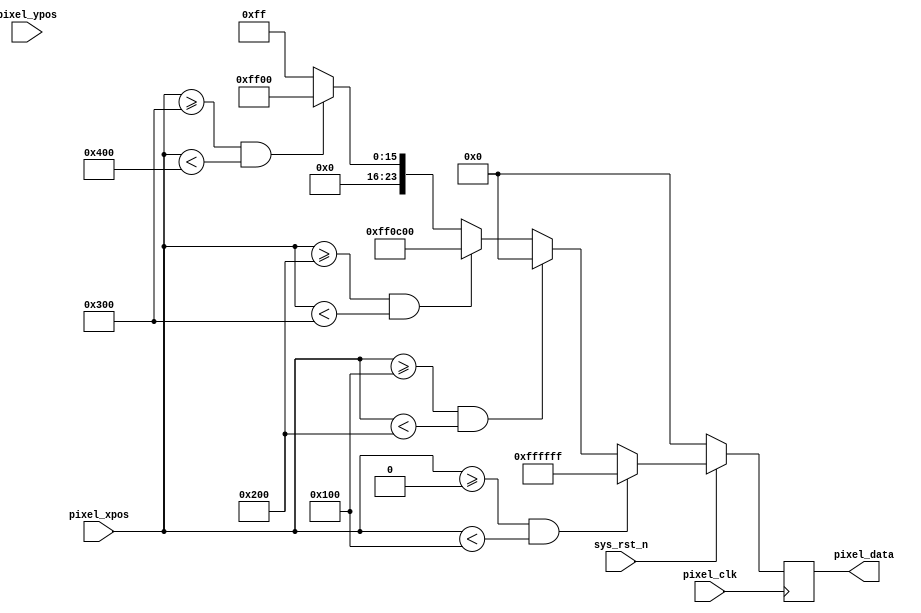
//****************************************Copyright (c)***********************************//
//www.yuanzige.com
//www.openedv.com
//http://openedv.taobao.com 
//""ZYNQ & FPGA & STM32 & LINUX
//
//Copyright(C)  2018-2028
//All rights reserved
//----------------------------------------------------------------------------------------
// File name:           video_display
// Last modified Date:  2019/7/1 9:30:00
// Last Version:        V1.1
// Descriptions:        
//----------------------------------------------------------------------------------------
// Created by:          
// Created date:        2019/7/1 9:30:00
// Version:             V1.0
// Descriptions:        The original version
//
//----------------------------------------------------------------------------------------
//****************************************************************************************//

module  video_display(
    input                pixel_clk,
    input                sys_rst_n,
    
    input        [10:0]  pixel_xpos,  //
    input        [10:0]  pixel_ypos,  //
    output  reg  [23:0]  pixel_data   //
);

//parameter define
parameter  H_DISP = 11'd1280;                       //
parameter  V_DISP = 11'd720;                        //

localparam WHITE  = 24'b11111111_11111111_11111111;  //RGB888 
localparam BLACK  = 24'b00000000_00000000_00000000;  //RGB888 
localparam RED    = 24'b11111111_00001100_00000000;  //RGB888 
localparam GREEN  = 24'b00000000_11111111_00000000;  //RGB888 
localparam BLUE   = 24'b00000000_00000000_11111111;  //RGB888 
    
//*****************************************************
//**                    main code
//*****************************************************

//
always @(posedge pixel_clk ) begin
    if (!sys_rst_n)
        pixel_data <= 16'd0;
    else begin
        if((pixel_xpos >= 0) && (pixel_xpos < (H_DISP/5)*1))
            pixel_data <= WHITE;
        else if((pixel_xpos >= (H_DISP/5)*1) && (pixel_xpos < (H_DISP/5)*2))
            pixel_data <= BLACK;  
        else if((pixel_xpos >= (H_DISP/5)*2) && (pixel_xpos < (H_DISP/5)*3))
            pixel_data <= RED;  
        else if((pixel_xpos >= (H_DISP/5)*3) && (pixel_xpos < (H_DISP/5)*4))
            pixel_data <= GREEN;
        else 
            pixel_data <= BLUE;
    end
end

endmodule